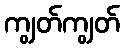
ကျွတ်ကျွတ်